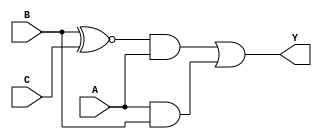
module three_variable_kmap (
    input wire A, // 1-bit input A
    input wire B, // 1-bit input B
    input wire C, // 1-bit input C
    output wire Y // 1-bit output Y
);

// Implement the K-map logic based on the provided truth table
// K-map layout:
// 
// BC
//  00  01  11  10
// +----------------
// A| 0   1   1   0  (Row A=0)
// 0| 0   1   1   0  (Row A=1)

// The output Y corresponds to the following minterms from the K-map:
// From the K-map:
// - Row A=0, Col (0,1): Y = 0
// - Row A=0, Col (1,1): Y = 1
// - Row A=0, Col (1,0): Y = 1
// - Row A=0, Col (0,0): Y = 0
// - Row A=1, Col (0,1): Y = 1
// - Row A=1, Col (1,1): Y = 0
// - Row A=1, Col (1,0): Y = 0
// - Row A=1, Col (0,0): Y = 0

// The simplified boolean expression derived from the K-map is:
// Y = B'C + AB

assign Y = (B ~^ C) & (A ~^ 1) | (A & B);

endmodule